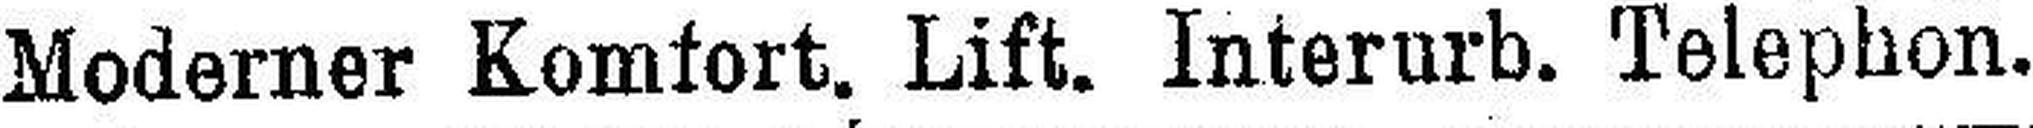
Moderner Komfort. Lift. Interurb. Telephon.